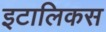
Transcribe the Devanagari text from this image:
इटालिकस